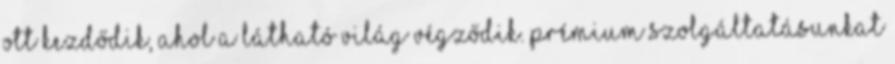
ott kezdődik, ahol a látható világ végződik. PRÉMIUM SZOLGÁLTATÁSUNKAT